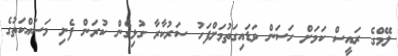
ލޭމްގެ ރައީސް ކަމަށް ހަސަން ވަޑައިގަތުމަށްފަހު ސަރުކާރާ ގުޅިގެން ކުރަން ފެށި މަސައްކަތުގެ